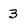
Character: 3